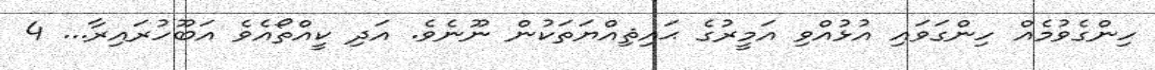
ހިންގެވުމެއް ހިންގަވައި އުޅުއްވި އަމީރުގެ ޙައިޘިއްޔަތަކުން ނޫނެވެ. އަދި ކީއްތޯއެވެ އަބޫހުރައިރާ... 4